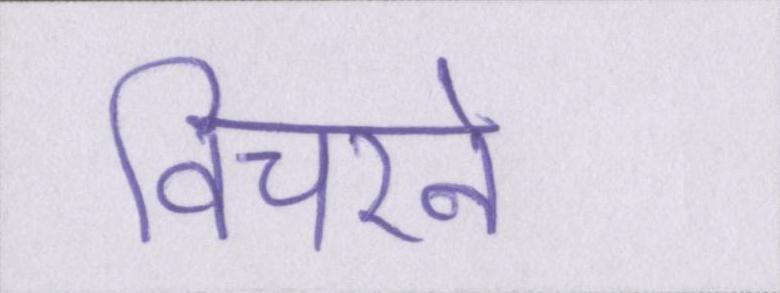
विचरने